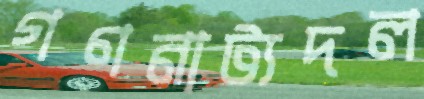
গণনাট্যদল